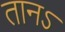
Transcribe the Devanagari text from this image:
तानऽ